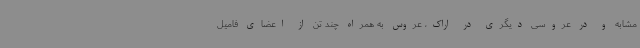
مشابه و در عروسی دیگری در اراک، عروس به همراه چند تن از اعضای فامیل